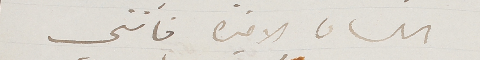
اللسان الاخيره فانني